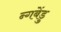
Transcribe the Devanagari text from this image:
न्गबेंडु